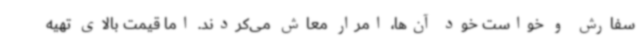
سفارش و خواست خود آن‌ها، امرار معاش می‌کردند. اما قیمت بالای تهیه